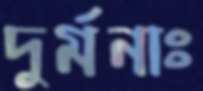
দুর্মনাঃ